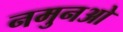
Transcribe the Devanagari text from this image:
नमुनओ